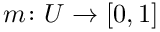
m \colon U \rightarrow [ 0 , 1 ]